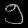
Digit: ၅